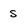
Character: s